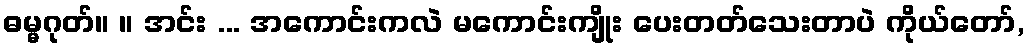
ဓမ္မဂုတ်။ ။ အင်း ... အကောင်းကလဲ မကောင်းကျိုး ပေးတတ်သေးတာပဲ ကိုယ်တော်,